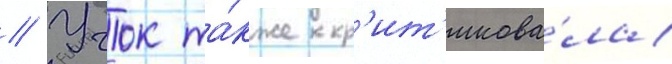
// Учок та́кже кр'ит'икова́ла